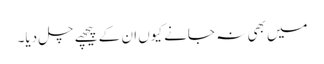
میں بھی نہ جانے کیوں ان کے پیچھے چل دیا۔